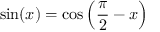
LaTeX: \sin ( x ) = \cos \left( { \frac { \pi } { 2 } } - x \right)